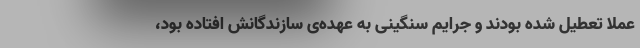
عملا تعطیل شده بودند و جرایم سنگینی به عهده‌ی سازندگانش افتاده بود،